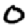
Digit: 0